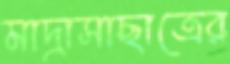
মাদ্রাসাছাত্রের